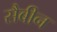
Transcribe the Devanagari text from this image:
सैबीन